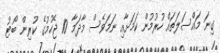
ގިނަ މައްސަލަތައް ހުރުމުން ކަމަށާއި ނަމަވެސް މާދަމާ 10 ޖެހުމުގެ ކުރިން ބޯޓު